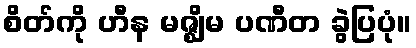
စိတ်ကို ဟီန မဇ္ဈိမ ပဏီတ ခွဲပြပုံ။